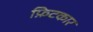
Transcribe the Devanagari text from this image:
फ़िटकार